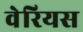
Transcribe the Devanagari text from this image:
वेरियस